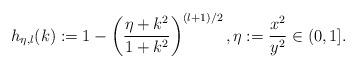
LaTeX: \begin{align*}h_{\eta,l}(k) := 1 - \left(\frac{\eta+k^2}{1+k^2}\right)^{(l+1)/2}, \eta := \frac{x^2}{y^2} \in(0, 1].\end{align*}